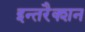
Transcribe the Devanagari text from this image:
इन्तरैक्शन